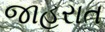
જાહરાત